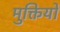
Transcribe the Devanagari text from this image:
मुक्तियों